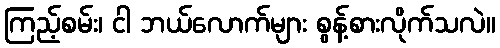
ကြည့်စမ်း၊ ငါ ဘယ်လောက်များ စွန့်စားလိုက်သလဲ။